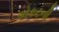
એકટની